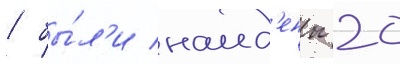
/ бы́л'и наид'ены 20